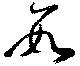
数